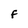
Character: F